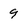
Character: 9